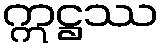
ဣဋ္ဌဿ